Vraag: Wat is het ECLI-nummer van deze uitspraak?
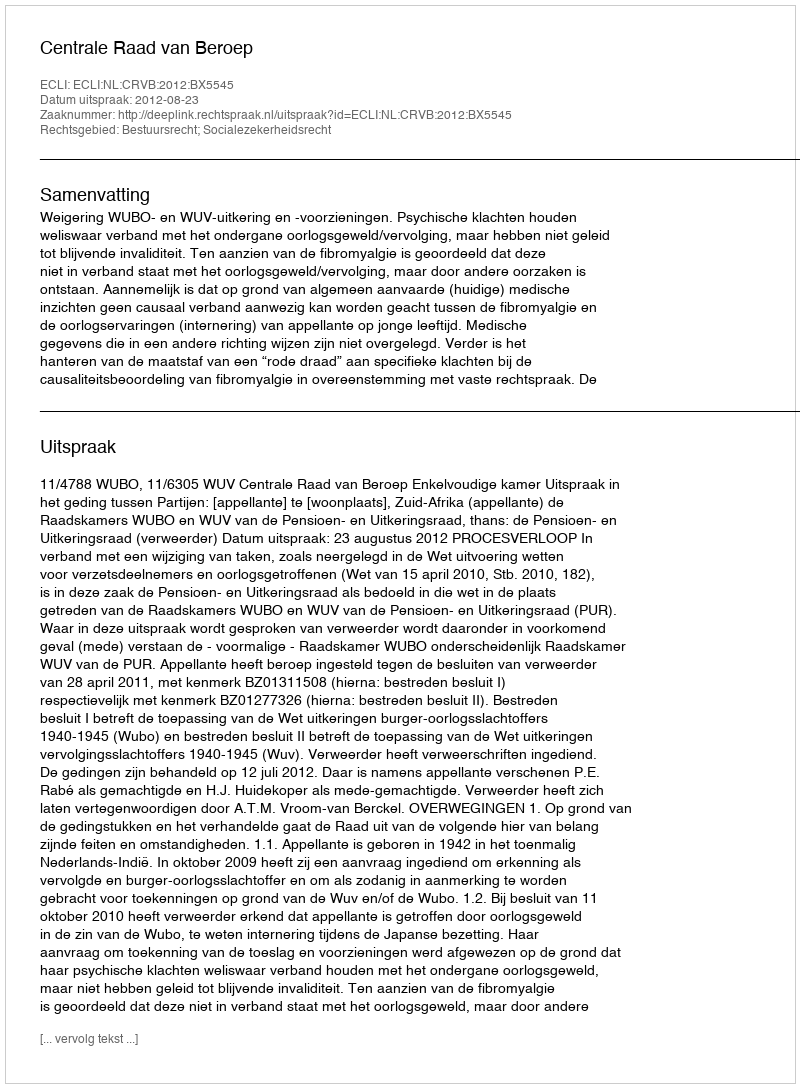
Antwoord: ECLI:NL:CRVB:2012:BX5545